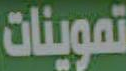
تموينات